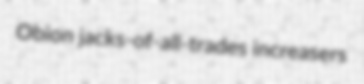
Obion jacks-of-all-trades increasers